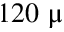
1 2 0 ~ \upmu